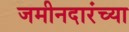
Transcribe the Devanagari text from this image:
जमीनदारंच्या